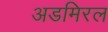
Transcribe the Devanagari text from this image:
अडमिरल